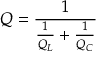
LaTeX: Q = { \frac { 1 } { { \frac { 1 } { Q _ { L } } } + { \frac { 1 } { Q _ { C } } } } }